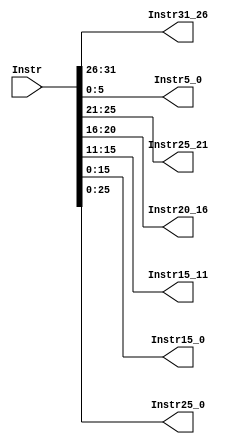
`timescale 1ns/1ps
`default_nettype none 
module splitter (
    input wire [31:0] Instr,
    output wire [31:26] Instr31_26,
    output wire [5:0] Instr5_0,
    output wire [25:21] Instr25_21,
    output wire [20:16] Instr20_16,
    output wire [15:11] Instr15_11,
    output wire [15:0] Instr15_0,
    output wire [25:0] Instr25_0
);
    assign Instr31_26 = Instr[31:26];
    assign Instr5_0 = Instr[5:0];
    assign Instr25_21 = Instr[25:21];
    assign Instr20_16 = Instr[20:16];
    assign Instr15_11 = Instr[15:11];
    assign Instr15_0 = Instr[15:0];
    assign Instr25_0 = Instr[25:0];
endmodule